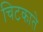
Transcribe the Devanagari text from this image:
चिटकाते